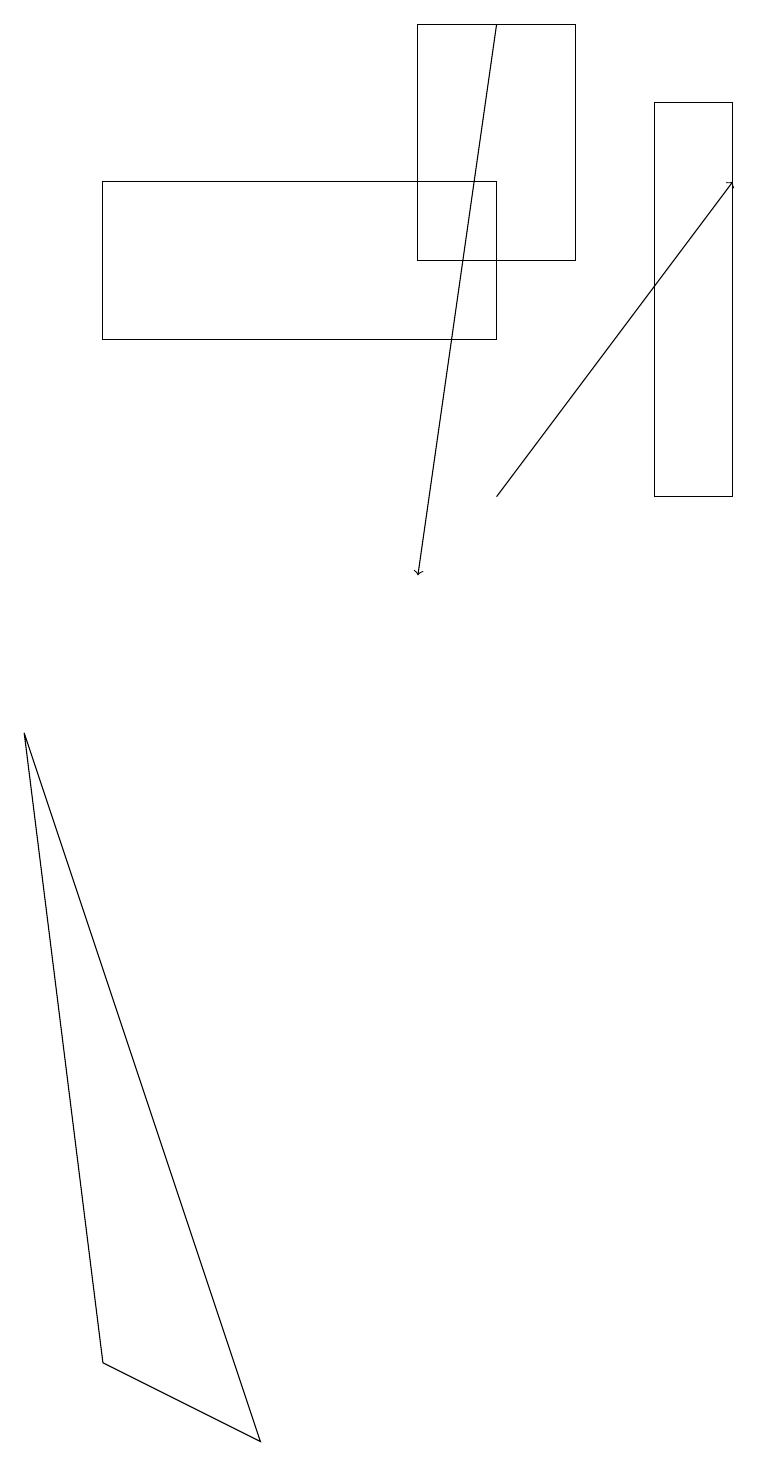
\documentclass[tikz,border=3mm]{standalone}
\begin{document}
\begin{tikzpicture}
\draw (3,0) -- (0,9) -- (1,1) -- cycle;
\draw (1,14) rectangle (6,16);
\draw (9,12) rectangle (8,17);
\draw[->] (6,18) -- (5,11);
\draw (7,15) rectangle (5,18);
\draw[->] (6,12) -- (9,16);
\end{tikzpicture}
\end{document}